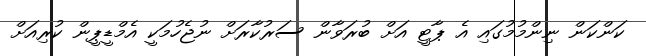
ކަންކަން ނިންމުމުގައި އެ ޕާޓީ އަށް ބުރަވާން ސަރުކާރަށް ނުޖެހުމަކީ އެމްޑީޕީން ކުރިއަށް